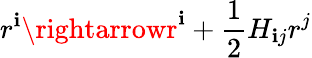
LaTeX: r^{\mathbf{i}}\rightarrowr^{\mathbf{i}}+{\frac{{1}}{{2}}}H_{\mathbf{i}j}r^{j}